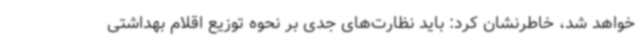
خواهد شد، خاطرنشان کرد: باید نظارت‌های جدی بر نحوه توزیع اقلام بهداشتی